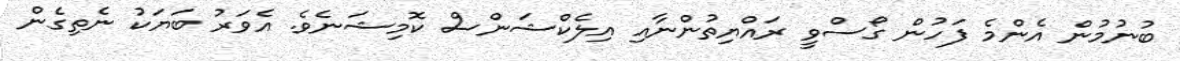
ބުނުމުން އެެންމެ ފަހުން ގޯސްވީ ރައްޔިތުންނާއި އިލެކްޝަންސް ކޮމިޝަނެވެ. އެވަރު ބަޔަކު ނެތިގެން